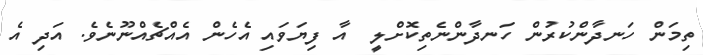
ތިމަން ހަނދާންކުރުން ހަނދާންނެތިކޮށްލީ  އާ ފިޔަވައި އެހެން އެއްޗެއްނޫނެވެ. އަދި އެ